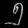
Digit: ၅